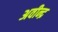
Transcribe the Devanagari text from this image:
अवीन्द्र